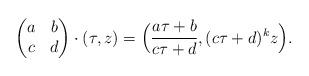
LaTeX: \begin{align*}\begin{pmatrix} a & b \\ c & d \end{pmatrix} \cdot (\tau, z) = \Big(\frac{a\tau + b}{c\tau + d}, (c \tau + d)^k z\Big).\end{align*}